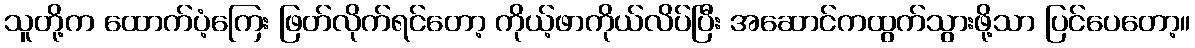
သူတို့က ထောက်ပံ့ကြေး ဖြတ်လိုက်ရင်တော့ ကိုယ့်ဖာကိုယ်လိပ်ပြီး အဆောင်ကထွက်သွားဖို့သာ ပြင်ပေတော့။